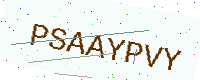
Text: PSAAYPVY